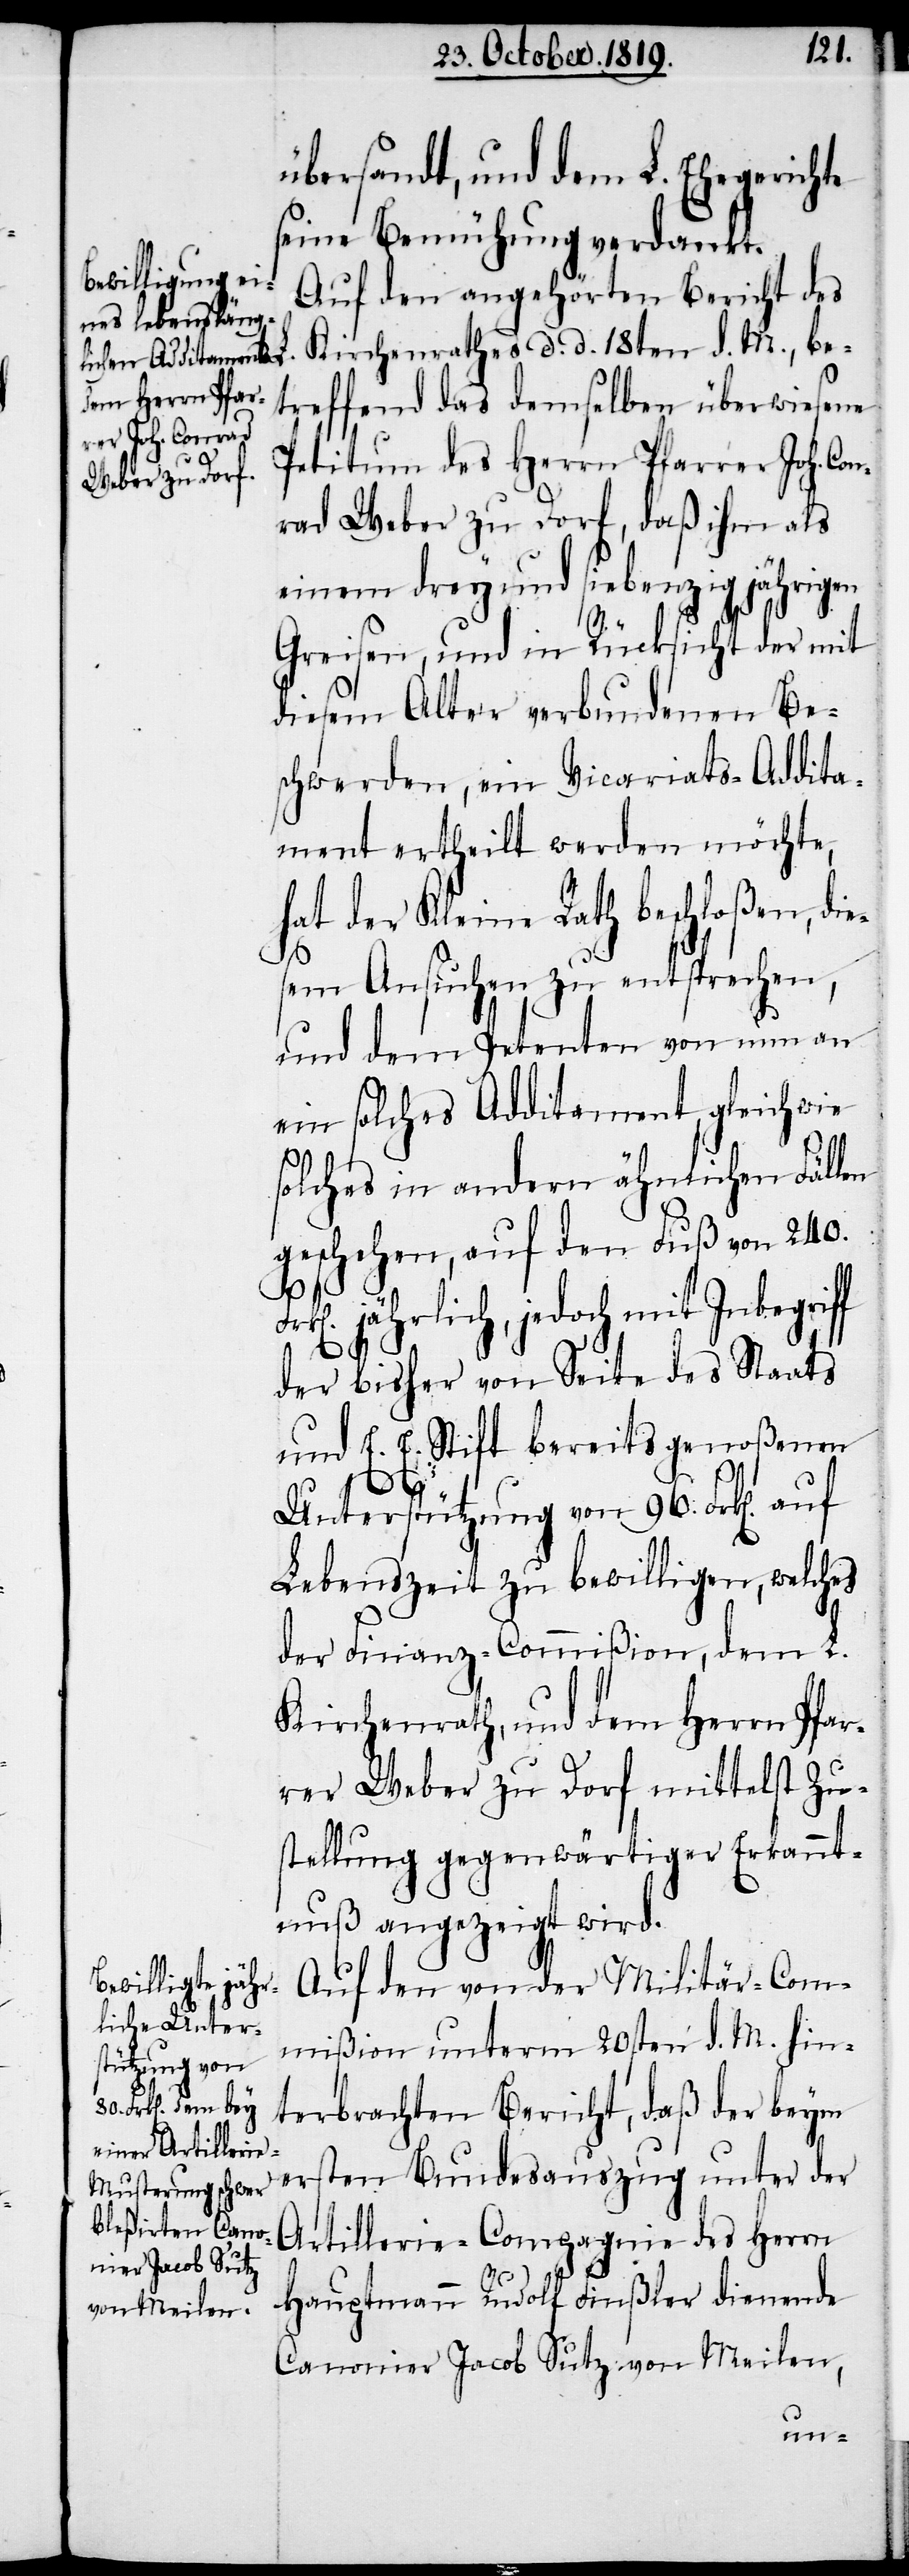
übersandt, und dem L. Ehegerichte
seine Bemühung verdankt.
Auf den angehörten Bericht des
Kirchenrathes d. d. 18ten d. M., be¬
treffend das demselben überwiesene
Petitum des Herrn Pfarrer Joh. Co¬
nrad Weber zu Dorf, daß ihm als
einem drey und siebenzig jährigen
L.
Greisen, und in Rücksicht der mit
diesem Alter verbundenen Be¬
schwerden, ein Vicariats-Addita¬
ment ertheilt werden möchte,
hat der Kleine Rath beschloßen, die¬
sem Ansuchen zu entsprechen,
und dem Petenten von nun an
ein solches Additament, gleich wie
solches in andern ähnlichen Fällen
geschehen, auf den Fuß von 240.
jährlich, jedoch mit Inbegrif¬
auf
der bisher von Seite des Staats
und E. E. Stift bereits genoßenen
96.
Lebenszeit zu bewilligen, welches
der Finanz-Commißion, dem L.
Kirchenrath, und dem Herrn Pfar¬
rer Weber zu Dorf mittelst Zu¬
stellung gegenwärtiger Erkannt¬
nuß angezeigt wird.
Auf den von der Militär-Com¬
mißion unterm 20sten d. M. hin¬
tützung von
terbrachten Bericht, daß der beym
ersten Bundesauszug unter der
Artillerie-Compagnie des Herrn
Hauptmann Rudolf Finßler dienende
Canonier Jacob Sutz von Meilen,